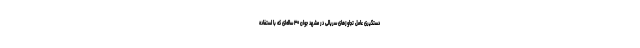
دستگیری عامل تجاوزهای سریالی در مشهد جوان ۳۰ ساله‌ای که با استفاده